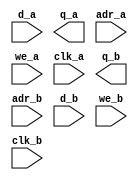
`timescale 1 ns/100 ps
// Version: 8.5 8.5.0.34


module versatile_fifo_dptam_dw(
       d_a,
       q_a,
       adr_a,
       we_a,
       clk_a,
       q_b,
       adr_b,
       d_b,
       we_b,
       clk_b
    );
/* synthesis syn_black_box

syn_tsu0 = " adr_a[0]->clk_a = 0.28"
syn_tsu1 = " adr_a[10]->clk_a = 0.28"
syn_tsu2 = " adr_a[1]->clk_a = 0.28"
syn_tsu3 = " adr_a[2]->clk_a = 0.28"
syn_tsu4 = " adr_a[3]->clk_a = 0.28"
syn_tsu5 = " adr_a[4]->clk_a = 0.28"
syn_tsu6 = " adr_a[5]->clk_a = 0.28"
syn_tsu7 = " adr_a[6]->clk_a = 0.28"
syn_tsu8 = " adr_a[7]->clk_a = 0.28"
syn_tsu9 = " adr_a[8]->clk_a = 0.28"
syn_tsu10 = " adr_a[9]->clk_a = 0.28"
syn_tsu11 = " adr_b[0]->clk_b = 0.282"
syn_tsu12 = " adr_b[10]->clk_b = 0.282"
syn_tsu13 = " adr_b[1]->clk_b = 0.282"
syn_tsu14 = " adr_b[2]->clk_b = 0.282"
syn_tsu15 = " adr_b[3]->clk_b = 0.282"
syn_tsu16 = " adr_b[4]->clk_b = 0.282"
syn_tsu17 = " adr_b[5]->clk_b = 0.282"
syn_tsu18 = " adr_b[6]->clk_b = 0.282"
syn_tsu19 = " adr_b[7]->clk_b = 0.282"
syn_tsu20 = " adr_b[8]->clk_b = 0.282"
syn_tsu21 = " adr_b[9]->clk_b = 0.282"
syn_tsu22 = " d_a[0]->clk_a = 0.193"
syn_tsu23 = " d_a[1]->clk_a = 0.193"
syn_tsu24 = " d_a[2]->clk_a = 0.193"
syn_tsu25 = " d_a[3]->clk_a = 0.193"
syn_tsu26 = " d_a[4]->clk_a = 0.193"
syn_tsu27 = " d_a[5]->clk_a = 0.193"
syn_tsu28 = " d_a[6]->clk_a = 0.193"
syn_tsu29 = " d_a[7]->clk_a = 0.193"
syn_tsu30 = " d_b[0]->clk_b = 0.176"
syn_tsu31 = " d_b[1]->clk_b = 0.176"
syn_tsu32 = " d_b[2]->clk_b = 0.176"
syn_tsu33 = " d_b[3]->clk_b = 0.176"
syn_tsu34 = " d_b[4]->clk_b = 0.176"
syn_tsu35 = " d_b[5]->clk_b = 0.176"
syn_tsu36 = " d_b[6]->clk_b = 0.176"
syn_tsu37 = " d_b[7]->clk_b = 0.176"
syn_tsu38 = " we_a->clk_a = 2.731"
syn_tsu39 = " we_b->clk_b = 3.346"
syn_tco0 = " clk_a->q_a[0] = 3.154"
syn_tco1 = " clk_a->q_a[1] = 3.154"
syn_tco2 = " clk_a->q_a[2] = 3.154"
syn_tco3 = " clk_a->q_a[3] = 3.154"
syn_tco4 = " clk_a->q_a[4] = 3.154"
syn_tco5 = " clk_a->q_a[5] = 3.154"
syn_tco6 = " clk_a->q_a[6] = 3.154"
syn_tco7 = " clk_a->q_a[7] = 3.154"
syn_tco8 = " clk_b->q_b[0] = 3.139"
syn_tco9 = " clk_b->q_b[1] = 3.139"
syn_tco10 = " clk_b->q_b[2] = 3.139"
syn_tco11 = " clk_b->q_b[3] = 3.139"
syn_tco12 = " clk_b->q_b[4] = 3.139"
syn_tco13 = " clk_b->q_b[5] = 3.139"
syn_tco14 = " clk_b->q_b[6] = 3.139"
syn_tco15 = " clk_b->q_b[7] = 3.139"
*/
/* synthesis black_box_pad_pin ="" */
input  [7:0] d_a;
output [7:0] q_a;
input  [10:0] adr_a;
input  we_a;
input  clk_a;
output [7:0] q_b;
input  [10:0] adr_b;
input  [7:0] d_b;
input  we_b;
input  clk_b;

endmodule